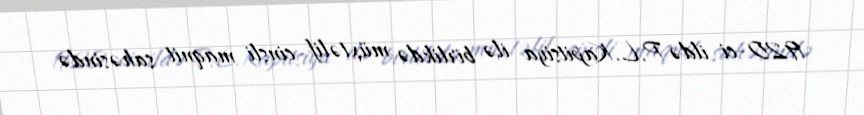
1920-ci ildə P.L.Kapitsiya ilə birlikdə müxtəlif cinsli maqnit sahəsində